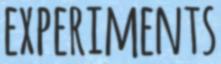
EXPERIMENTS